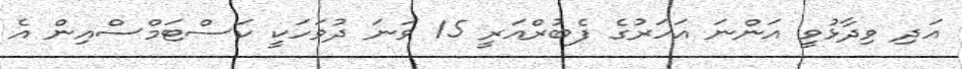
އަދި ވިދާޅުވީ އަންނަ އަހަރުގެ ފެބުރްއަރީ 15 ވަނަ ދުވަހަކީ ކަސްޓަމްސްއިން އެ